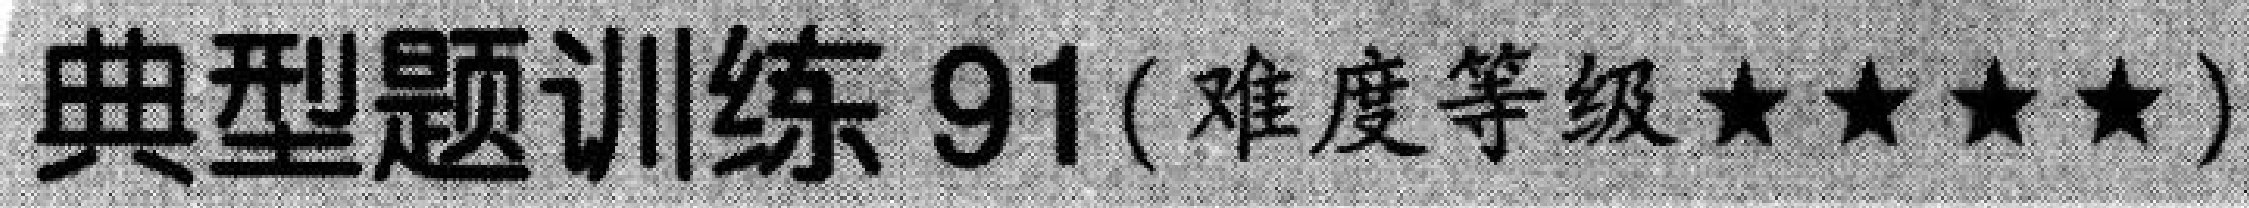
典型题训练 91(难度等级★★★★)